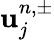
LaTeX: \mathbf{u}_{j}^{n,\pm}